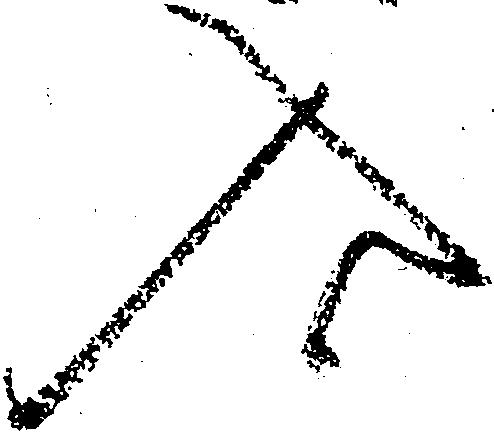
入